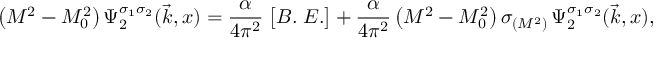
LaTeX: \bigl ( M ^ { 2 } - M _ { 0 } ^ { 2 } \bigr ) \, \Psi _ { 2 } ^ { \sigma _ { 1 } \sigma _ { 2 } } ( \vec { k } , x ) = { \frac { \alpha } { 4 \pi ^ { 2 } } } \; \bigl [ B . \; E . \bigr ] + { \frac { \alpha } { 4 \pi ^ { 2 } } } \, \bigl ( M ^ { 2 } - M _ { 0 } ^ { 2 } \bigr ) \, \sigma _ { ( M ^ { 2 } ) } \, \Psi _ { 2 } ^ { \sigma _ { 1 } \sigma _ { 2 } } ( \vec { k } , x ) ,